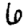
Digit: 6